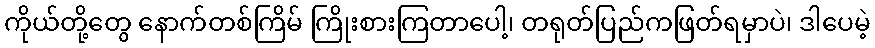
ကိုယ်တို့တွေ နောက်တစ်ကြိမ် ကြိုးစားကြတာပေါ့၊ တရုတ်ပြည်ကဖြတ်ရမှာပဲ၊ ဒါပေမဲ့